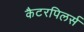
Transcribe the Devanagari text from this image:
कैटरपिलर्स